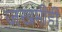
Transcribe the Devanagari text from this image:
जखमीही